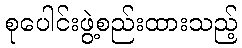
စုပေါင်းဖွဲ့စည်းထားသည့်